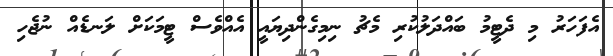
އެފަހަރު މި ދެޓީމު ބައްދަލުކުރި މެޗު ނިމިގެންދިޔައީ އެއްވެސް ޓީމަކަށް ލަނޑެއް ނުޖެހި